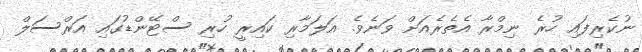
ނުކެރިފައި ހުރެ ނިމްރާ އެތެރެއަށް ވަނެވެ. އަލަމާރި ކައިރީ ހުރި ސްޓޭންޑުގައި އަރްސަލް